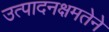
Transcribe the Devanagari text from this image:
उत्पादनक्षमतेने